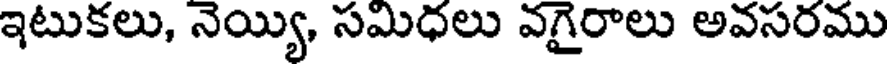
ఇటుకలు, నెయ్యి, సమిధలు వగైరాలు అవసరము